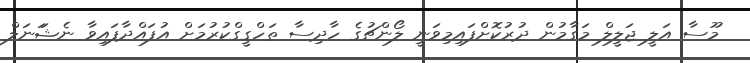
މޫސާ އަލީ ޖަލީލް މަގާމުން ދުރުކޮށްފައިމިވަނީ ލޯންޗުގެ ހާދިސާ ތަހްގީގްކުރުމަށް އުފައްދާފައިވާ ނެޝަަނަލް